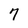
Character: 7